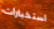
استخبارات